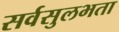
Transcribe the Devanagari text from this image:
सर्वसुलभता